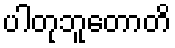
ပါတုဘူတောတိ